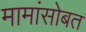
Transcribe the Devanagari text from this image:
मामांसोबत